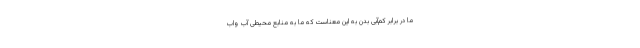
ما در برابر کم‌آبیِ بدن به این معناست که ما به منابع محیطی آب واب